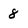
Character: 8